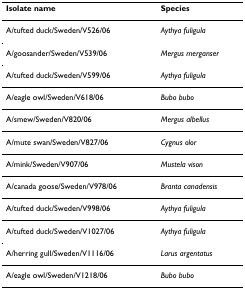
<table><thead><tr><td><b>Isolate name</b></td><td><b>Species</b></td></tr></thead><tbody><tr><td>A/tufted duck/Sweden/V526/06</td><td><i>Aythya fuligula</i></td></tr><tr><td>A/goosander/Sweden/V539/06</td><td><i>Mergus merganser</i></td></tr><tr><td>A/tufted duck/Sweden/V599/06</td><td><i>Aythya fuligula</i></td></tr><tr><td>A/eagle owl/Sweden/V618/06</td><td><i>Bubo bubo</i></td></tr><tr><td>A/smew/Sweden/V820/06</td><td><i>Mergus albellus</i></td></tr><tr><td>A/mute swan/Sweden/V827/06</td><td><i>Cygnus olor</i></td></tr><tr><td>A/mink/Sweden/V907/06</td><td><i>Mustela vison</i></td></tr><tr><td>A/canada goose/Sweden/V978/06</td><td><i>Branta canadensis</i></td></tr><tr><td>A/tufted duck/Sweden/V998/06</td><td><i>Aythya fuligula</i></td></tr><tr><td>A/tufted duck/Sweden/V1027/06</td><td><i>Aythya fuligula</i></td></tr><tr><td>A/herring gull/Sweden/V1116/06</td><td><i>Larus argentatus</i></td></tr><tr><td>A/eagle owl/Sweden/V1218/06</td><td><i>Bubo bubo</i></td></tr></tbody></table>